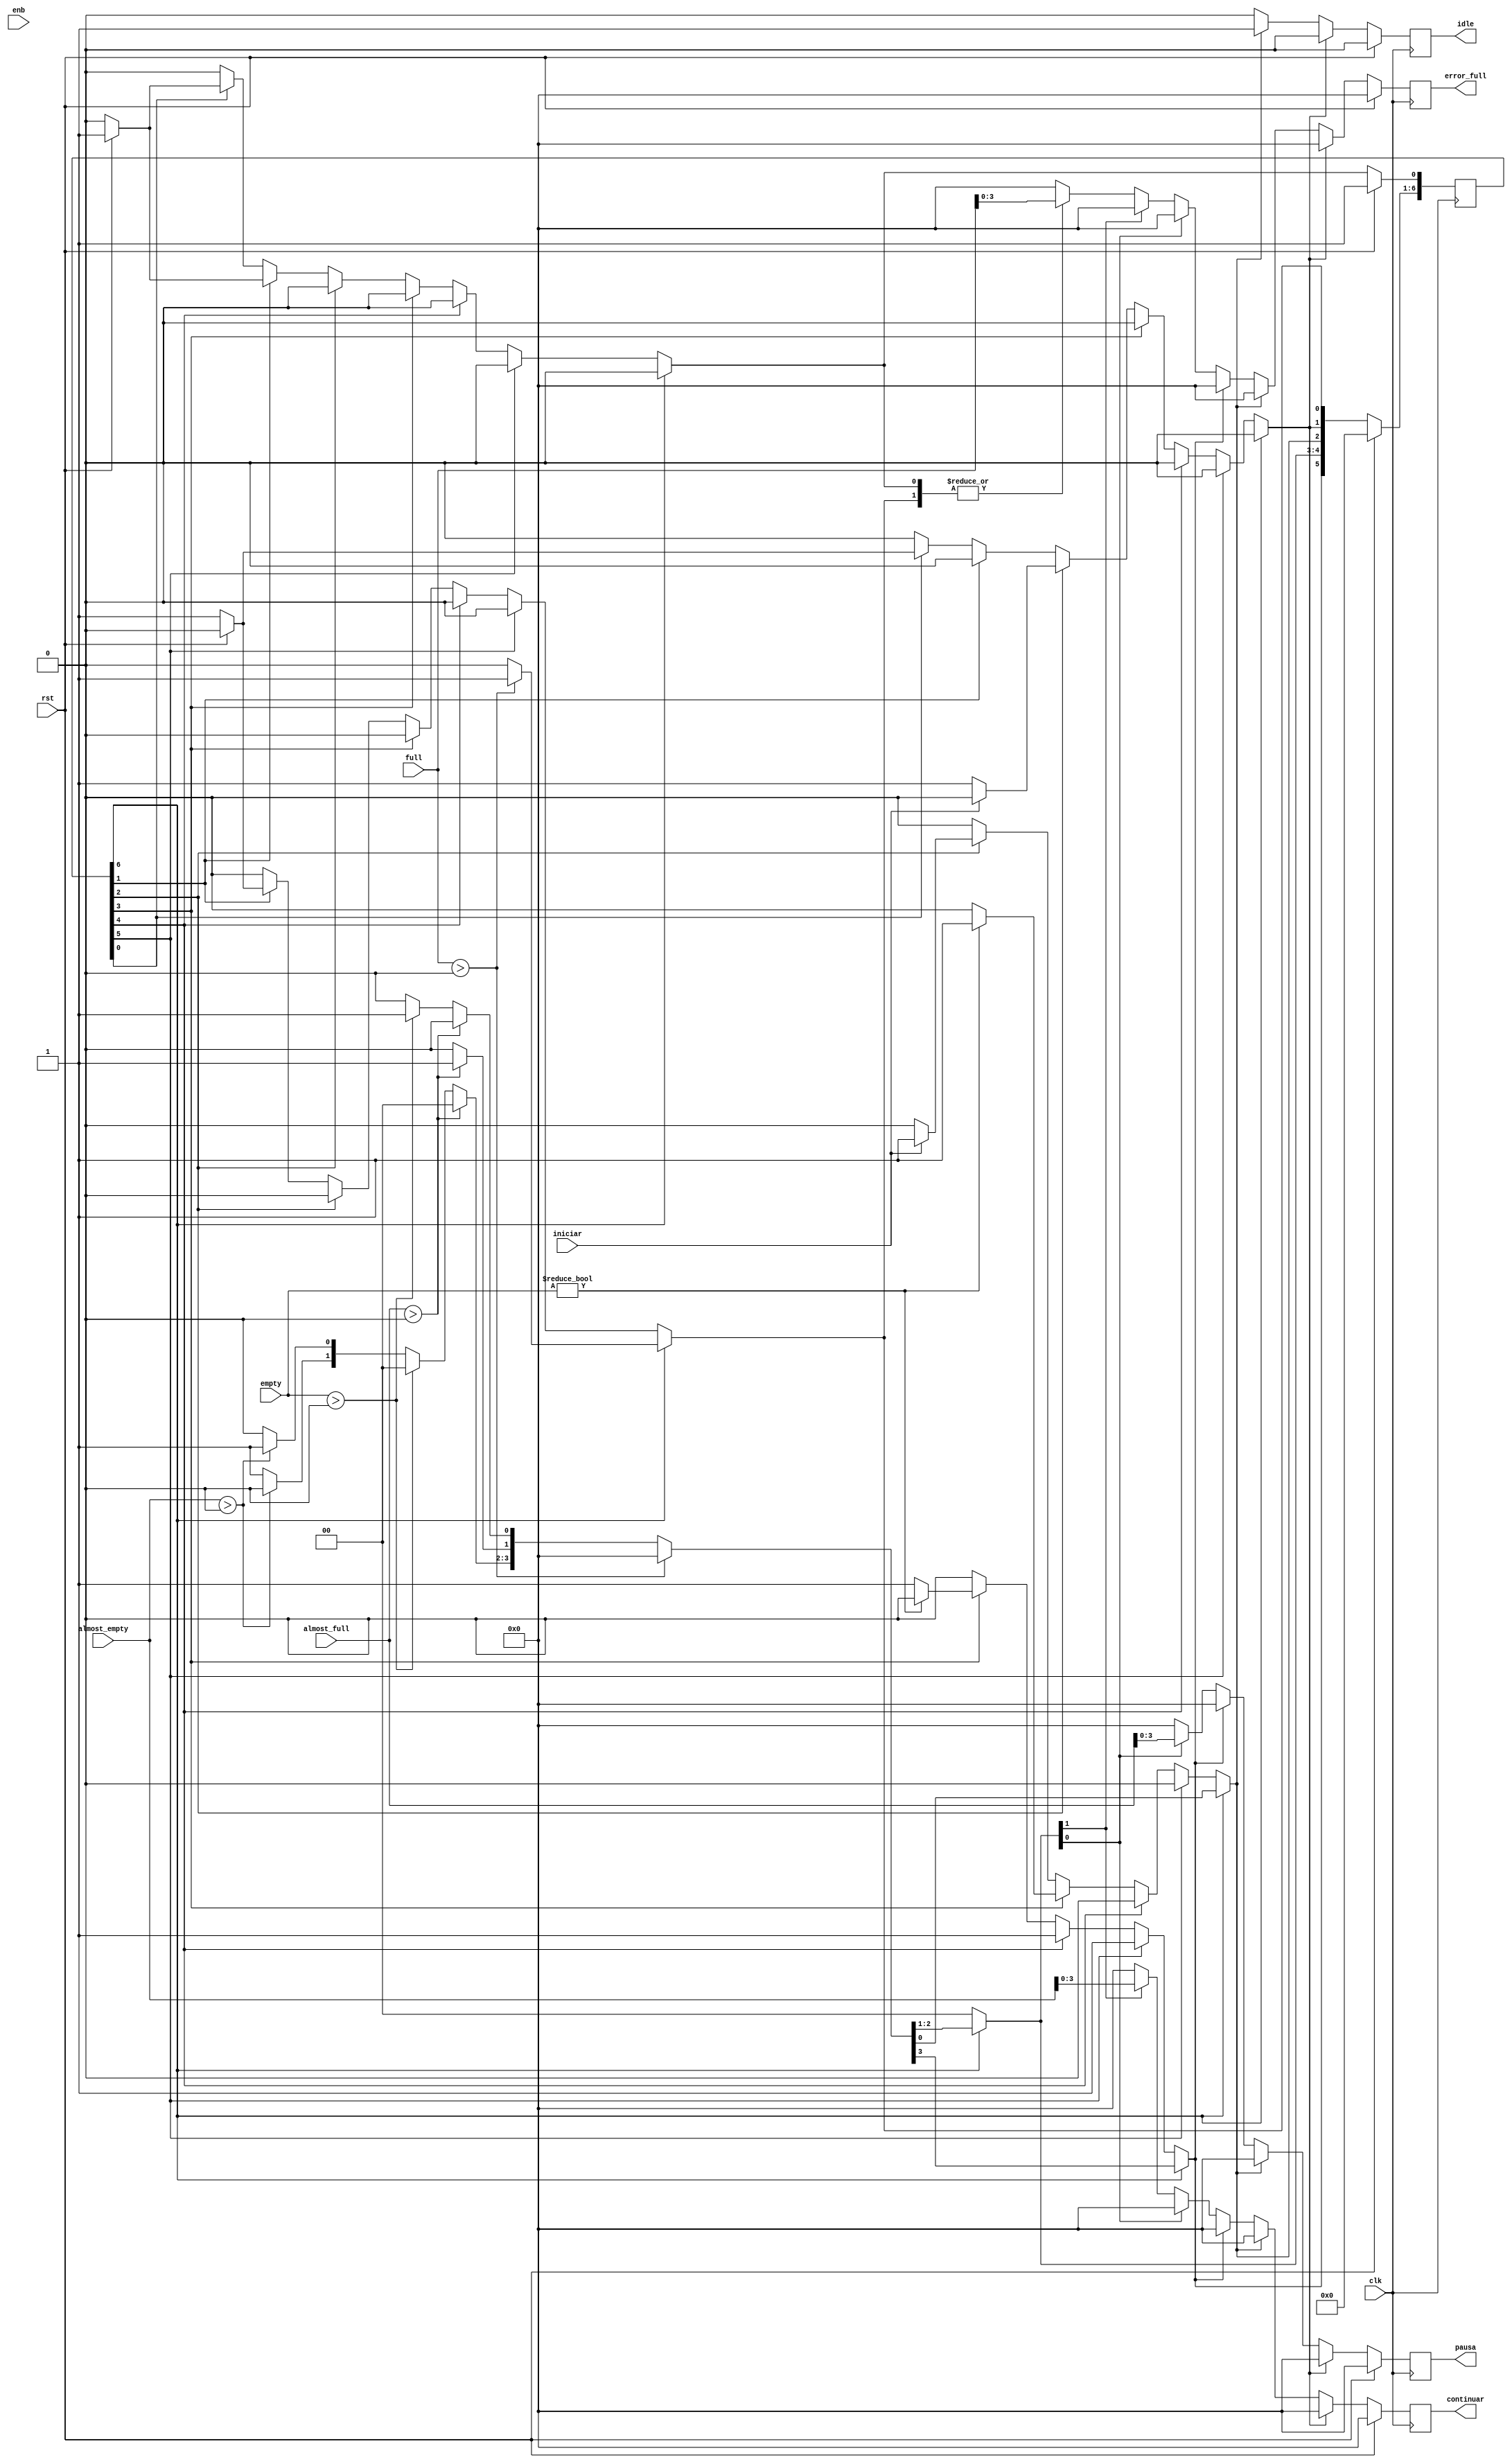
module fsm(
  input clk, input rst, input enb,

  input iniciar,
  input [4:0] almost_full,
  input [4:0] full,
  input [4:0] almost_empty,
  input [4:0] empty,

  output [3:0] continuar,
  output [3:0] error_full,
  output [3:0] pausa,
  output idle
  );

  // DEFINICION ONEHOT
  /*               n  hex codificado
  * RESET          0  01
  * ERROR          1  02
  * INIT           2  04
  * IDLE_EMPTY     3  08
  * PAUSE          4  10
  * CONTINUE_STATE 5  20
  * ACTIVE         6  40
  * */
  parameter
  RESET          = 0,
  ERROR          = 1,
  INIT           = 2,
  IDLE_EMPTY     = 3,
  PAUSE          = 4,
  CONTINUE_STATE = 5,
  ACTIVE         = 6;

  reg [6:0] state, next;

  // Entradas
  wire clk,rst, enb;
  wire iniciar;
  wire [4:0] almost_full;//5 fifos
  wire [4:0] full;
  wire [4:0] almost_empty;
  wire [4:0] empty;

  //Salidas
  reg [3:0] error_full;
  reg [3:0] pausa;//solo 4 fifos de arriba
  reg [3:0] continuar;
  reg idle;

  // ALWAYS PARA ONEHOT SECUENCIAL
  // RST Y ACTUALIZACION DE ESTADO
  always @(posedge clk)begin
    if (rst) begin
      // ASIGNAR ESTADO DE RESET
      state <= 0;
      state[RESET] <= 1'b1;
    end else begin
      // PASAR AL SIGUIENTE ESTADO
      state <= next;
    end
  end

  // ALWAYS PARA ONEHOT COMBINACIONAL
  // SELECCION DE ESTADO SIGUIENTE.
  always @(*) begin
    next = 0; // se limpia next para tener solo un bit arriba
    case (1'b1)
      // para estado active, puede pasar a CONTINUE_STATE, PAUSE, IDLE_EMPTY
      // o ERROR
      state[ACTIVE] : begin
        if(full > 0) next[ERROR] = 1'b1; // existe algun fifo con señal full en alto
        else if(almost_full > 0) next[PAUSE] = 1'b1; // || almost_full ||
        else if(empty > 0) next[IDLE_EMPTY] = 1'b1; // IDLE EMPTY
        else if(almost_empty > 0) next[CONTINUE_STATE] = 1'b1; // CONTINUE_STATE
        else next[ACTIVE] = 1'b1; // se mantiene en active
      end

      state[CONTINUE_STATE] : begin
        next[ACTIVE] = 1'b1; // siempre regresa a active
      end

      state[PAUSE] : begin
        next[ACTIVE] = 1'b1; // siempre regresa a active
      end

      state[IDLE_EMPTY] : begin
        if(empty) next[IDLE_EMPTY] = 1'b1;
        else next[ACTIVE] = 1'b1;
      end

      state[INIT] : begin
        if (iniciar) begin
          next[IDLE_EMPTY] = 1'b1;
        end else begin
          next[INIT] = 1'b1;
        end
      end

      state[ERROR] : begin
        if (!rst) next[ERROR] = 1'b1;
        else next[RESET] = 1'b1;
      end

      state[RESET] :  begin
        if (!rst) begin
          next[INIT] = 1'b1;
        end else begin
          next[RESET] = 1'b1;
        end
      end

      default:
       next = state;
    endcase
  end

  // ALWAYS PARA ONEHOT SECUENCIAL
  // ASIGNACION DE SALIDAS
  always @(posedge clk) begin
    continuar <= 1'b0;
    pausa <= 1'b0;
    error_full <= 1'b0;
    idle <= 1'b0;
    if (!rst) begin
      case (1'b1)
        next[INIT] : begin
          // permite la modificación de registros
          // 'Tabla de Arbitraje' y 'Umbrales'
        end

        // IDLE SE MANTINE EN 1 MIENTRAS ESTÉ EN IDLE EMPTY
        next[IDLE_EMPTY] : begin
          idle <= 1;
        end

        // TRANSMISION DE DATOS POR DEFECTO
        next[ACTIVE] : begin
        end

        // SEÑAL ALMOST FULL SE ENVIA EN PAUSA
        // ESTO INDICA AL FIFO QUE DEBE DEJAR DE
        // RECIBIR DATOS(wr_en en bajo)
        // strobe
        next[PAUSE] : begin
          pausa <= almost_full;
        end

        // CONTINUE_STATE indica que un fifo está casi vacio
        // por lo que evita sacar datos de este (rd_en en bajo)
        // strobe
        next[CONTINUE_STATE] : begin
          continuar <= almost_empty;
        end

        // INDICA ERRORES DE FIFOS FULL SE MANTIENE EN ESTE ESTADO
        // HASTA TENER UNA SEÑAL DE RESET
        next[ERROR], next[RESET] : begin
          error_full <= full;
        end
      endcase
    end
  end
endmodule